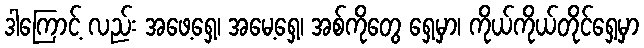
ဒါကြောင့် လည်း အဖေ့ရှေ့၊ အမေ့ရှေ့၊ အစ်ကိုတွေ ရှေ့မှာ၊ ကိုယ်ကိုယ်တိုင်ရှေ့မှာ